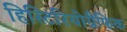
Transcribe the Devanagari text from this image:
हिस्टिरियोग्रैफिक